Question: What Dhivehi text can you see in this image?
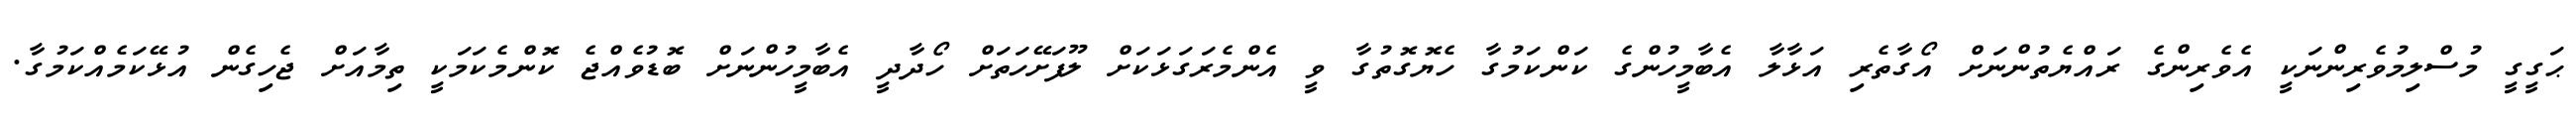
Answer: ޙަގީގީ މުސްލިމުވެރިންނަކީ އެވެރިންގެ ރައްޔެތުންނަށް އޯގާތެރި އަޅާލާ އެބާމީހުންގެ ކަންކަމުގާ ހެޔޮގޮތުގާ ވީ އެންމެރަގަޅަކަށް ލޫފަށޭހަތަށް ހޯދާދީ އެބާމީހުންނަށް ބޮޑުވެއްޖެ ކޮންމެކަމަކީ ތިމާއަށް ޖެހިގެން އުޅޭކަމެއްކަމުގާ.